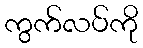
ကွက်လပ်ကို